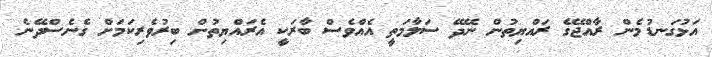
އަޅުގަނޑުމެން ރާއްޖޭގެ ރައްޔިތުން ނޭދޭ ސަލާމަތީ އެއްވެސް ބާރަކީ އެރައްޔިތުން ބިރުވެރިކަމަށް ގެނެސްދޭނެ